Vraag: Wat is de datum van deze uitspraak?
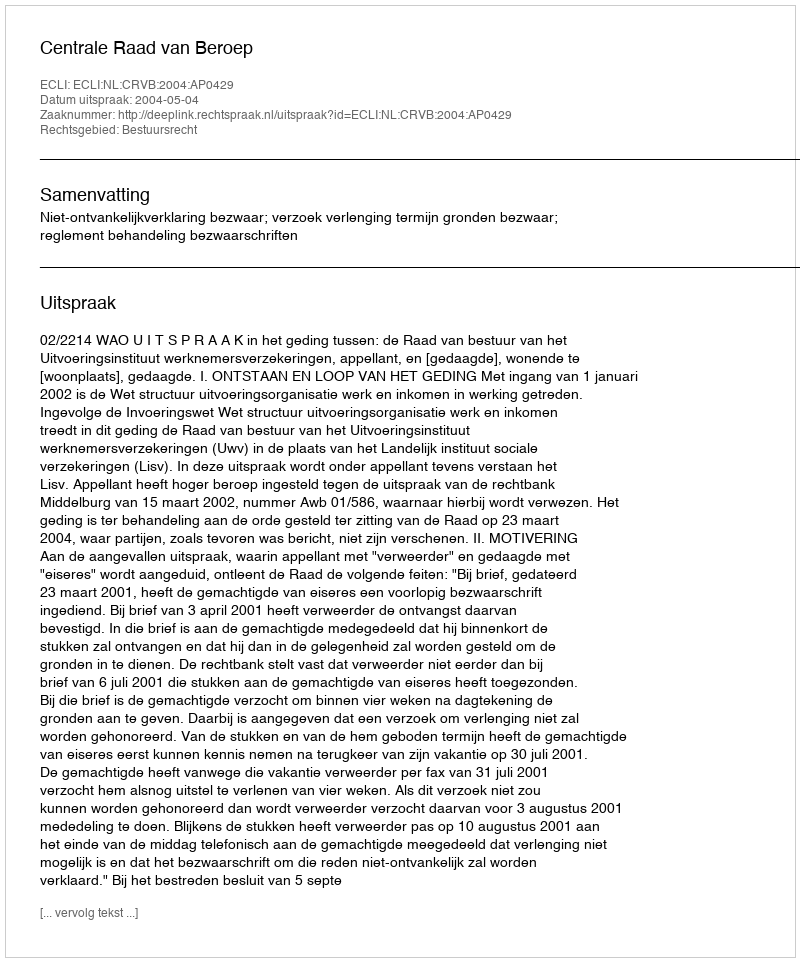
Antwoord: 2004-05-04